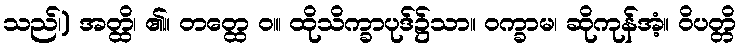
သည်၊) အတ္ထိ၊ ၏။ တတ္ထေ ဝ။၊ ထိုသိက္ခာပုဒ်၌သာ။ ဝက္ခာမ၊ ဆိုကုန်အံ့။ ဝိပတ္တိ